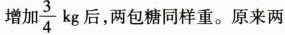
增加\frac{3}{4}kg后，两包糖同样重。原来两